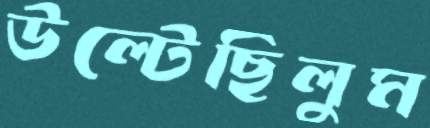
উল্‌টেছিলুম